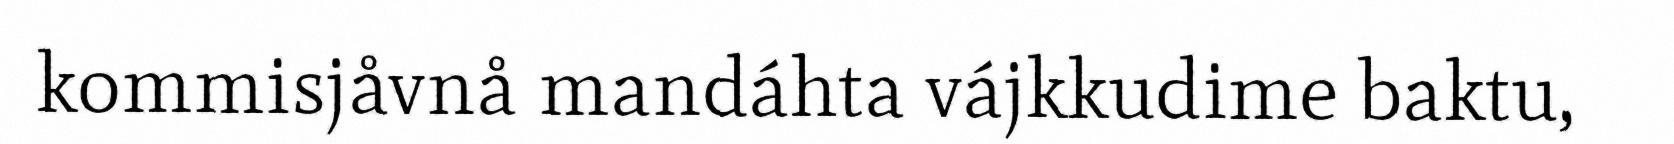
kommisjåvnå mandáhta vájkkudime baktu,